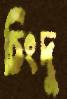
চিংদু